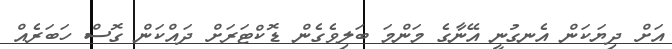
އަށް ދިޔަކަން އެނގުނީ އޭނާގެ މަންމަ ބަލިވެގެން ޑޮކްޓަރަށް ދައްކަން ގޮސް ހަބަރެއް